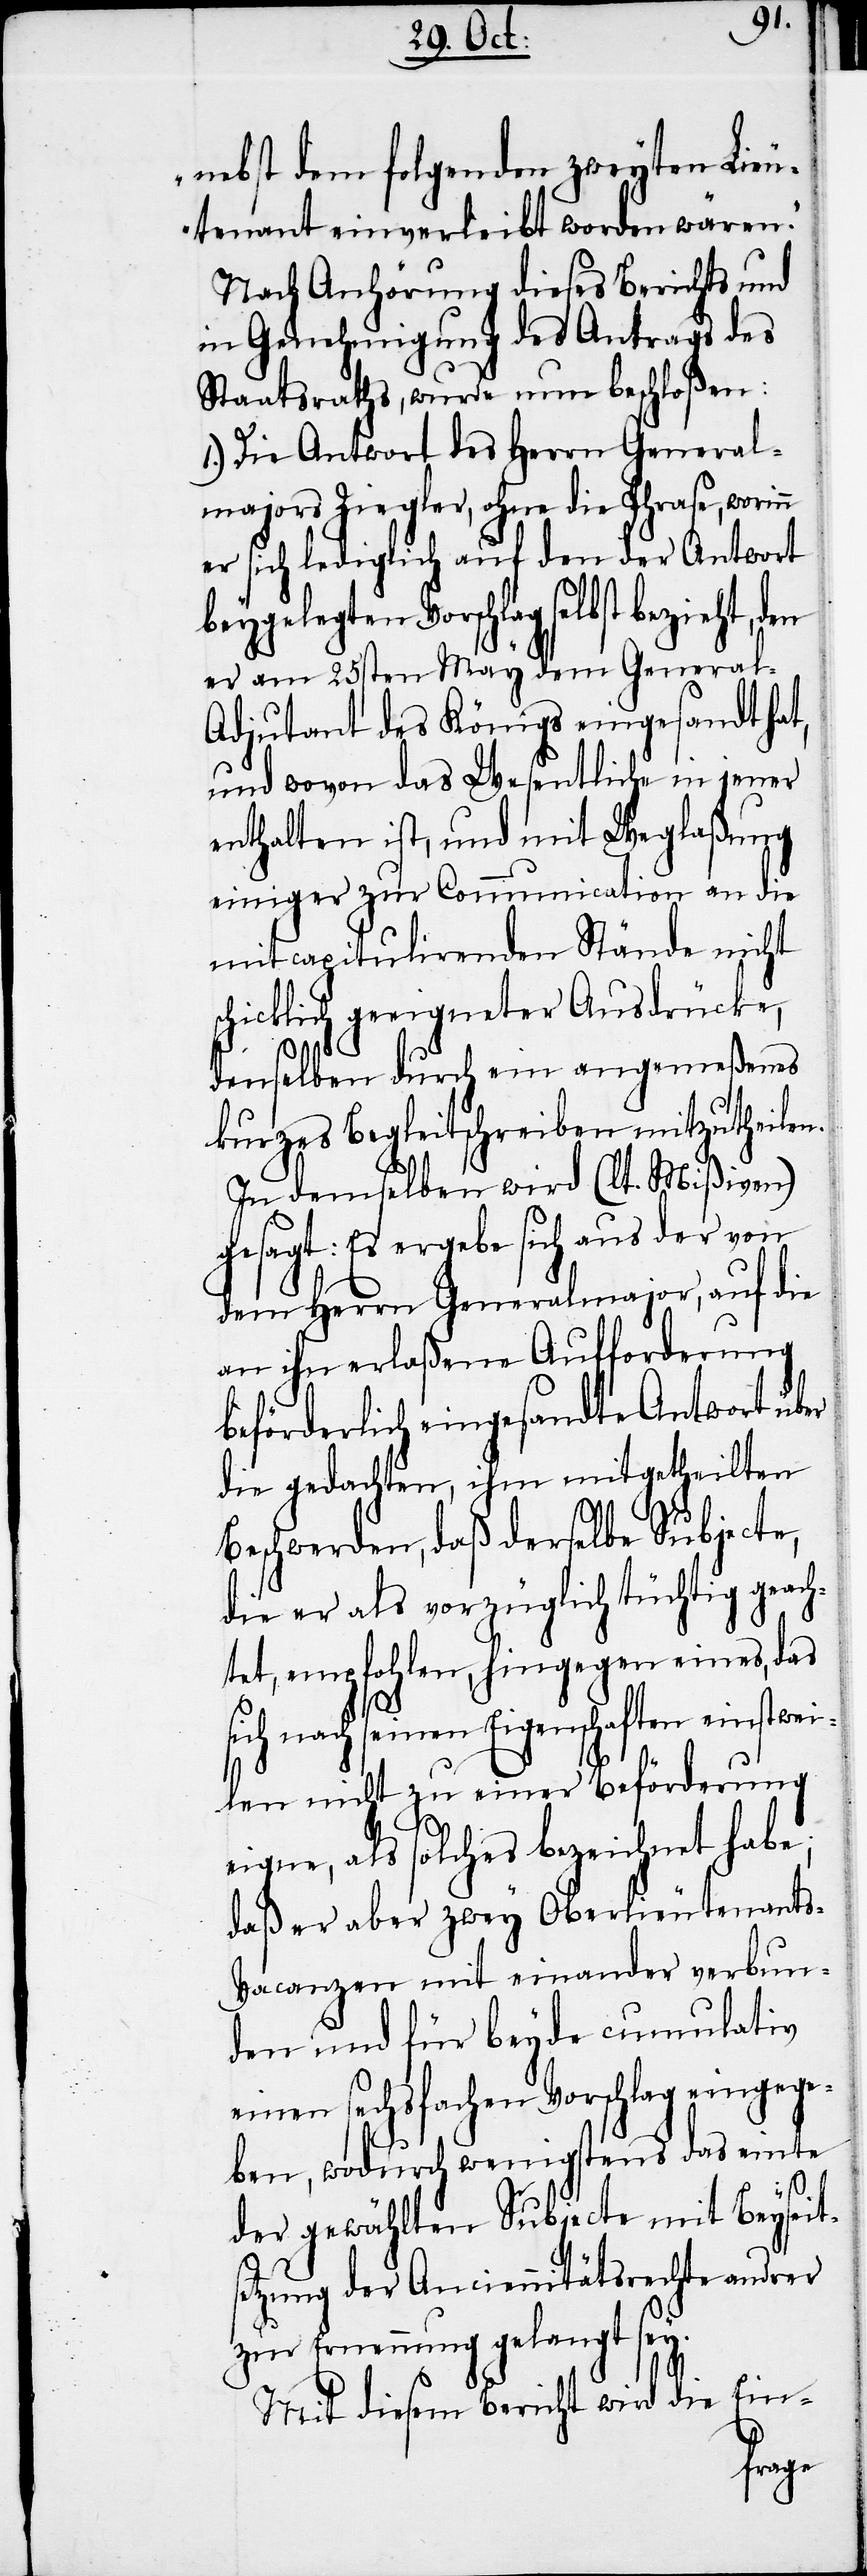
nebst dem folgenden zweyten Lieu¬
tenant einverleibt worden wären.“
Nach Anhörung dieses Berichtes und
in Genehmigung des Antrags des
Staatsraths, wurde nun beschloßen:
1.) Die Antwort des Herrn General¬
majors Ziegler, ohne die Phrase, worin¬
er sich lediglich auf den der Antwort
beygelegten Vorschlag selbst bezieht, den
er am 25sten May dem Genera¬
l-Adjutant des Königs eingesandt hat,
und wovon das Wesentliche in jener
enthalten ist, und mit Weglaßung
einiger zur Communication an die
mitcapitulirenden Stände nicht
schicklich geeigneter Ausdrücke,
denselben durch ein angemeßenes
kurzes Begleitschreiben mitzutheilen.
In demselben wird (lt. Mißiven)
gesagt: Es ergebe sich aus der von
dem Herrn Generalmajor, auf die
an ihn erlaßene Aufforderung
beförderlich eingesandte Antwort über
die gedachten, ihm mitgetheilten
Beschwerden, daß derselbe Subjecte,
die er als vorzüglich tüchtig geach¬
tet, empfohlen, hingegen eines, das
sich nach seinen Eigenschaften einstwei¬
len nicht zu einer Beförderung
eigne, als solches bezeichnet habe;
daß er aber zwey Oberlieutenants-V¬
acanzen mit einander verbun¬
den und für beyde cumulativ
einen sechsfachen Vorschlag eingege¬
ben, wodurch wenigstens das einte
n
der gewählten Subjecte mit Beyseit¬
setzung der Anciennitätsrechte andrer
zur Ernennung gelangt sey.
Mit diesem Bericht wird die Ein-